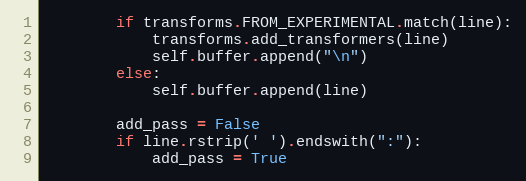
Language: Python
        if transforms.FROM_EXPERIMENTAL.match(line):
            transforms.add_transformers(line)
            self.buffer.append("\n")
        else:
            self.buffer.append(line)

        add_pass = False
        if line.rstrip(' ').endswith(":"):
            add_pass = True